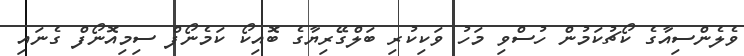
ވެލެންސިއާގެ ކޯޗުކަމުން ހުސްވި މަހު ވަކިކުރި ބަލްގޭރިޔާގެ ބޮއިކޯ ކަމެނޯފް ސިމިއޮނޯފް ގެނައި